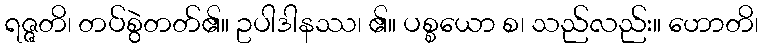
ရဇ္ဇတိ၊ တပ်စွဲတတ်၏။ ဥပါဒါနဿ၊ ၏။ ပစ္စယော စ၊ သည်လည်း။ ဟောတိ၊